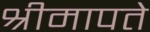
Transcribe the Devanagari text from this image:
श्रीमापते